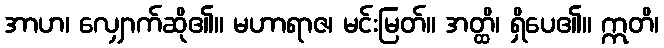
အာဟ၊ လျှောက်ဆို၏။ မဟာရာဇ၊ မင်းမြတ်။ အတ္ထိ၊ ရှိပေ၏။ ဣတိ၊